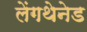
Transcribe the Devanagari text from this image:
लेंगथेनेड